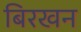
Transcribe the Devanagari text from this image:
बिरखन